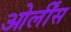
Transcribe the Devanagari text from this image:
ओर्लींस